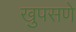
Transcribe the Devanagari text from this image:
खुपसणे